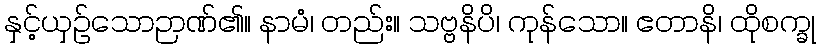
နှင့်ယှဉ်သောဉာဏ်၏။ နာမံ၊ တည်း။ သဗ္ဗနိပိ၊ ကုန်သော။ ဧတာနိ၊ ထိုစက္ခု